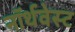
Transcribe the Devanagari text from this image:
नॉर्थवेस्‍ट